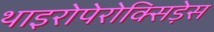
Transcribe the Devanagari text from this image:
थाइरोपेरोक्सिड़ेस